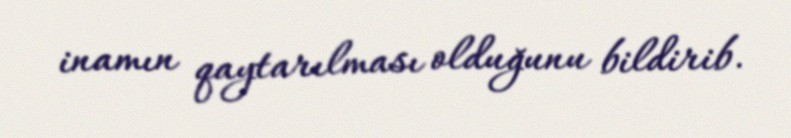
inamın qaytarılması olduğunu bildirib.